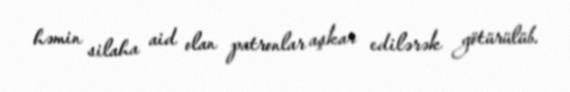
həmin silaha aid olan patronlar aşkar edilərək götürülüb.